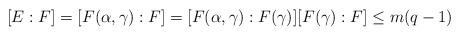
LaTeX: \begin{align*}[E:F]=[F(\alpha,\gamma):F]=[F(\alpha,\gamma):F(\gamma)][F(\gamma):F]\leq m(q-1)\end{align*}